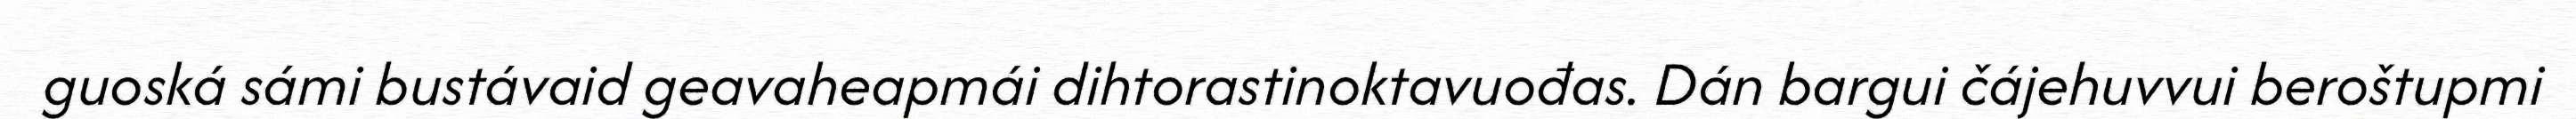
guoská sámi bustávaid geavaheapmái dihtorastinoktavuođas. Dán bargui čájehuvvui beroštupmi